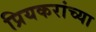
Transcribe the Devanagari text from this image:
प्रियकरांच्या